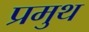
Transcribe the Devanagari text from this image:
प्रमुथ